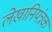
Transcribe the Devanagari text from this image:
लेखानियंत्रक